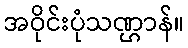
အဝိုင်းပုံသဏ္ဌာန်။